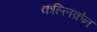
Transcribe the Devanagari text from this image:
कल्लिक्रेन